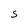
Character: S